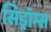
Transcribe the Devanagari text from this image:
सिड्रॉम्स